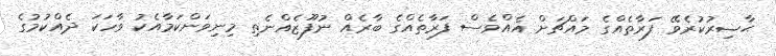
ޙާޟިރުކުރެވޭ ފަރާތެއްގެ މައްޗަށް އެއްވެސް ފަރާތެއްގެ ބާރެއް ނުފޫޒެއްނެތި މިނިވަންކަމާއެކު ވާހަކަ ދެއްކުމުގެ